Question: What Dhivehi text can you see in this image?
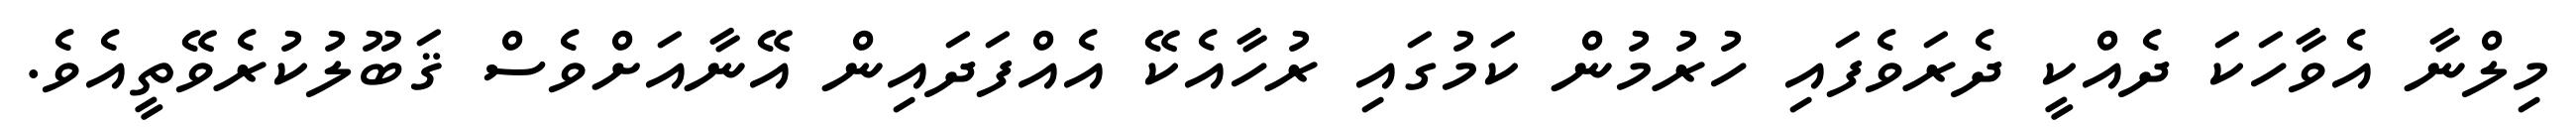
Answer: މިލްނާ އެވާހަކަ ދެއްކީ ދެރަވެފައި ހުރުމުން ކަމުގައި ރުހާއެކޭ އެއްފަދައިން އޭނާއަށްވެސް ޤަބޫލުކުރެވޭތީއެވެ.